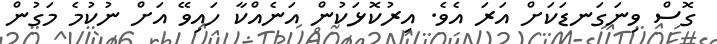
ގޮސް ވިނަގަނޑަކަށް އަރަ އެވެ. އިރުކޮޅަކުން އަނެއްކާ ހައިވޭ އަށް ނުކުމެ މަގުން